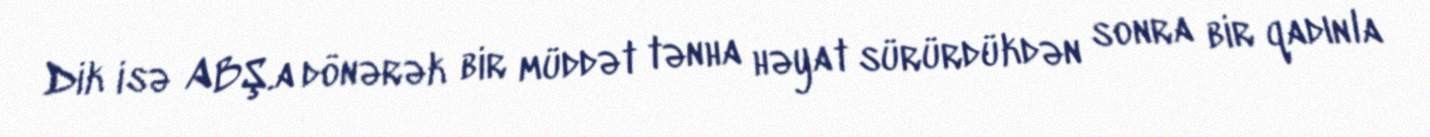
Dik isə ABŞ.a dönərək bir müddət tənha həyat sürürdükdən sonra bir qadınla